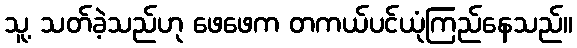
သူ့ သတ်ခဲ့သည်ဟု ဖေဖေက တကယ်ပင်ယုံကြည်နေသည်။